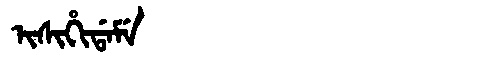
Manchu: ᡳᠰᡳᡥᡳᡩᠠᠮᡝ
Romanization: ISIHIDAME